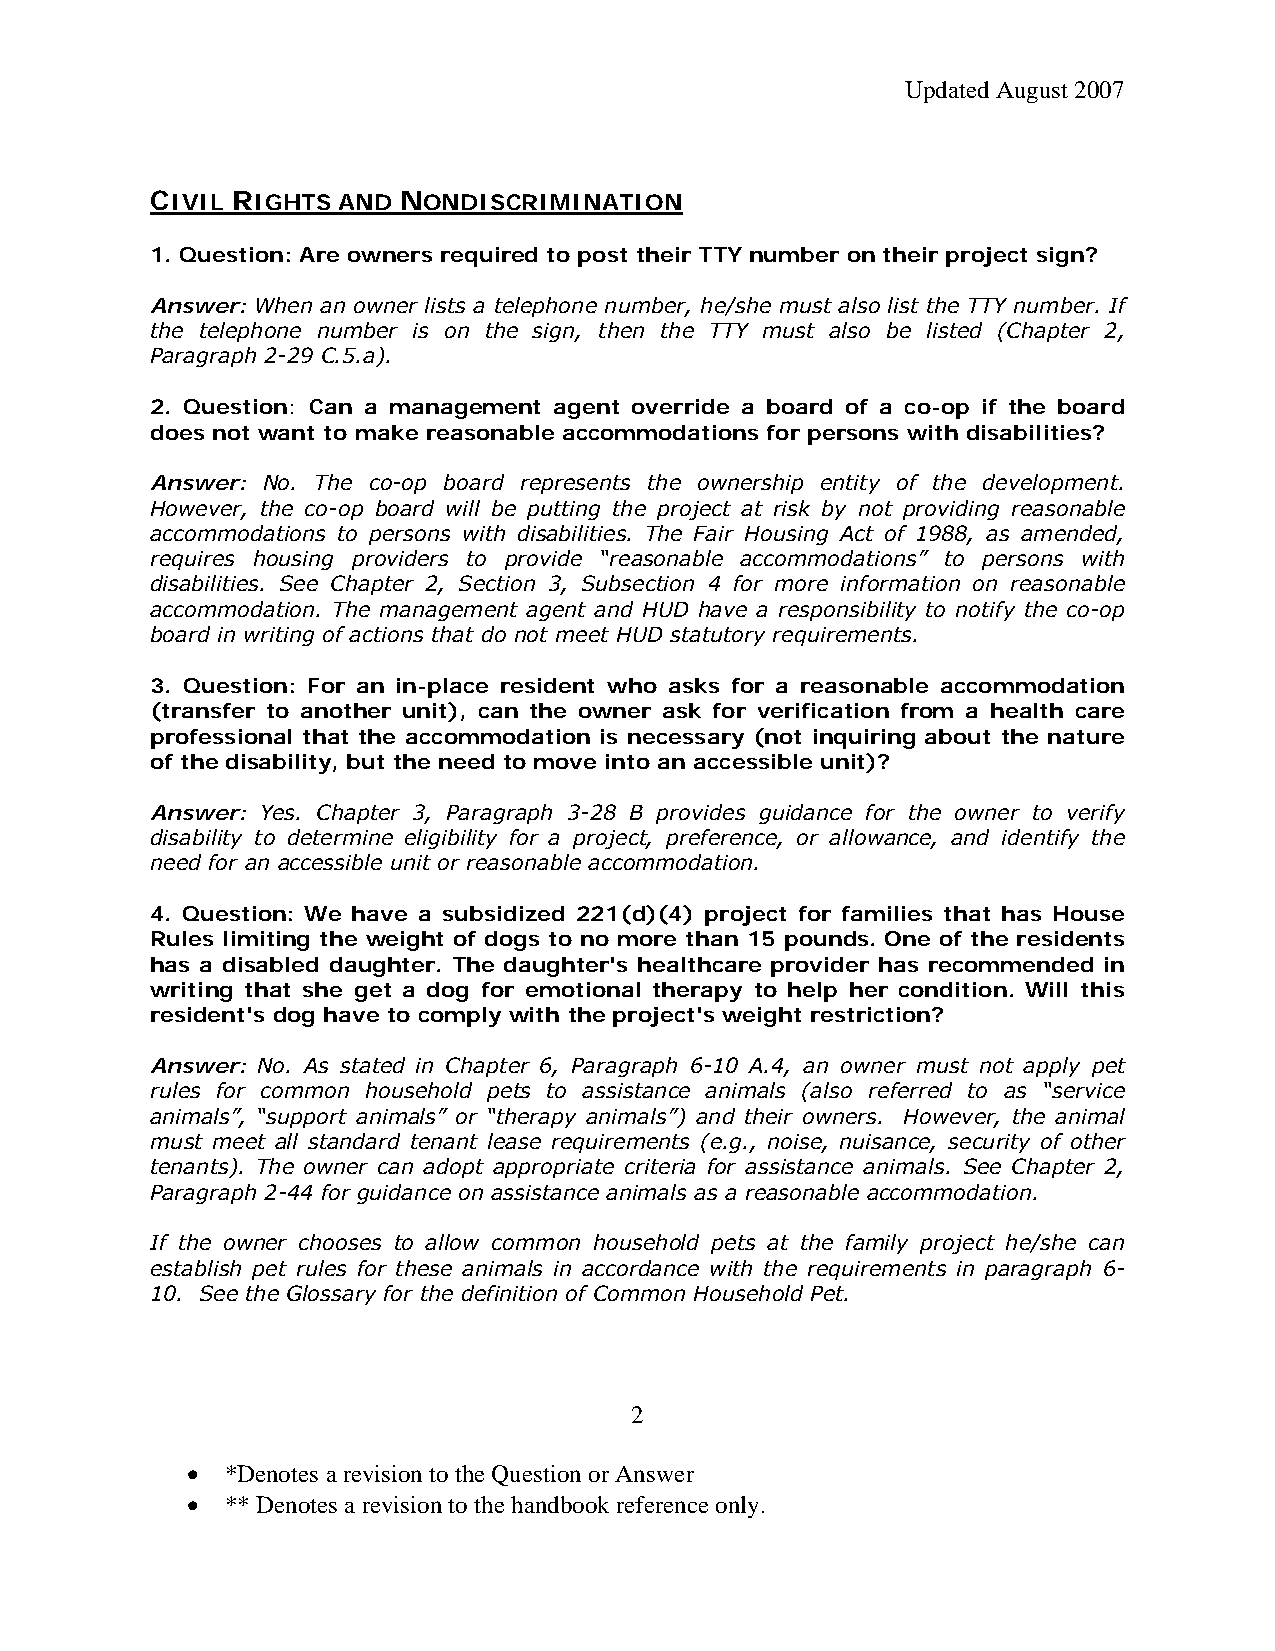
Updated August 2007
 CIVIL RIGHTS AND NONDISCRIMINATION
 1. Question: Are owners required to post their TTY number on their project sign?
 Answer: When an owner lists a telephone number, he/she must also list the TTY number. If
 the telephone number is on the sign, then the TTY must also be listed (Chapter 2,
 Paragraph 2-29 C.5.a).
 2. Question: Can a management agent override a board of a co-op if the board
 does not want to make reasonable accommodations for persons with disabilities?
 Answer: No. The co-op board represents the ownership entity of the development.
 However, the co-op board will be putting the project at risk by not providing reasonable
 accommodations to persons with disabilities. The Fair Housing Act of 1988, as amended,
 requires housing providers to provide “reasonable accommodations” to persons with
 disabilities. See Chapter 2, Section 3, Subsection 4 for more information on reasonable
 accommodation. The management agent and HUD have a responsibility to notify the co-op
 board in writing of actions that do not meet HUD statutory requirements.
 3. Question: For an in-place resident who asks for a reasonable accommodation
 (transfer to another unit), can the owner ask for verification from a health care
 professional that the accommodation is necessary (not inquiring about the nature
 of the disability, but the need to move into an accessible unit)?
 Answer: Yes. Chapter 3, Paragraph 3-28 B provides guidance for the owner to verify
 disability to determine eligibility for a project, preference, or allowance, and identify the
 need for an accessible unit or reasonable accommodation.
 4. Question: We have a subsidized 221(d)(4) project for families that has House
 Rules limiting the weight of dogs to no more than 15 pounds. One of the residents
 has a disabled daughter. The daughter's healthcare provider has recommended in
 writing that she get a dog for emotional therapy to help her condition. Will this
 resident's dog have to comply with the project's weight restriction?
 Answer: No. As stated in Chapter 6, Paragraph 6-10 A.4, an owner must not apply pet
 rules for common household pets to assistance animals (also referred to as “service
 animals”, “support animals” or “therapy animals”) and their owners. However, the animal
 must meet all standard tenant lease requirements (e.g., noise, nuisance, security of other
 tenants). The owner can adopt appropriate criteria for assistance animals. See Chapter 2,
 Paragraph 2-44 for guidance on assistance animals as a reasonable accommodation.
 If the owner chooses to allow common household pets at the family project he/she can
 establish pet rules for these animals in accordance with the requirements in paragraph 6-
 10. See the Glossary for the definition of Common Household Pet.
 2
 •  *Denotes a revision to the Question or Answer
 •  ** Denotes a revision to the handbook reference only.